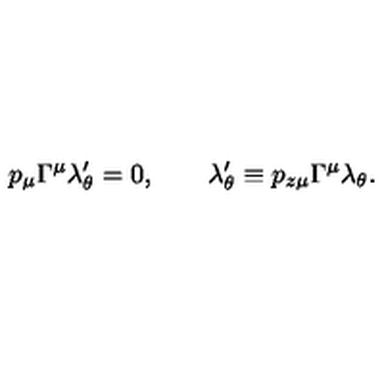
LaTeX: p _ { \mu } \Gamma ^ { \mu } \lambda _ { \theta } ^ { \prime } = 0 , \qquad \lambda _ { \theta } ^ { \prime } \equiv p _ { z \mu } \Gamma ^ { \mu } \lambda _ { \theta } .